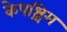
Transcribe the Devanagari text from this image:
केपश्चिम